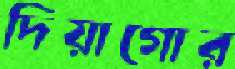
দিয়াগোর